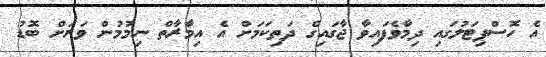
އެ ހޮސްޕިޓަލުގައި ދިމާވެފައިވާ ޖާގައިގެ ދަތިކަމަށް އެ އިމާރާތް ނިމުމުން ވަރަށް ބޮޑު